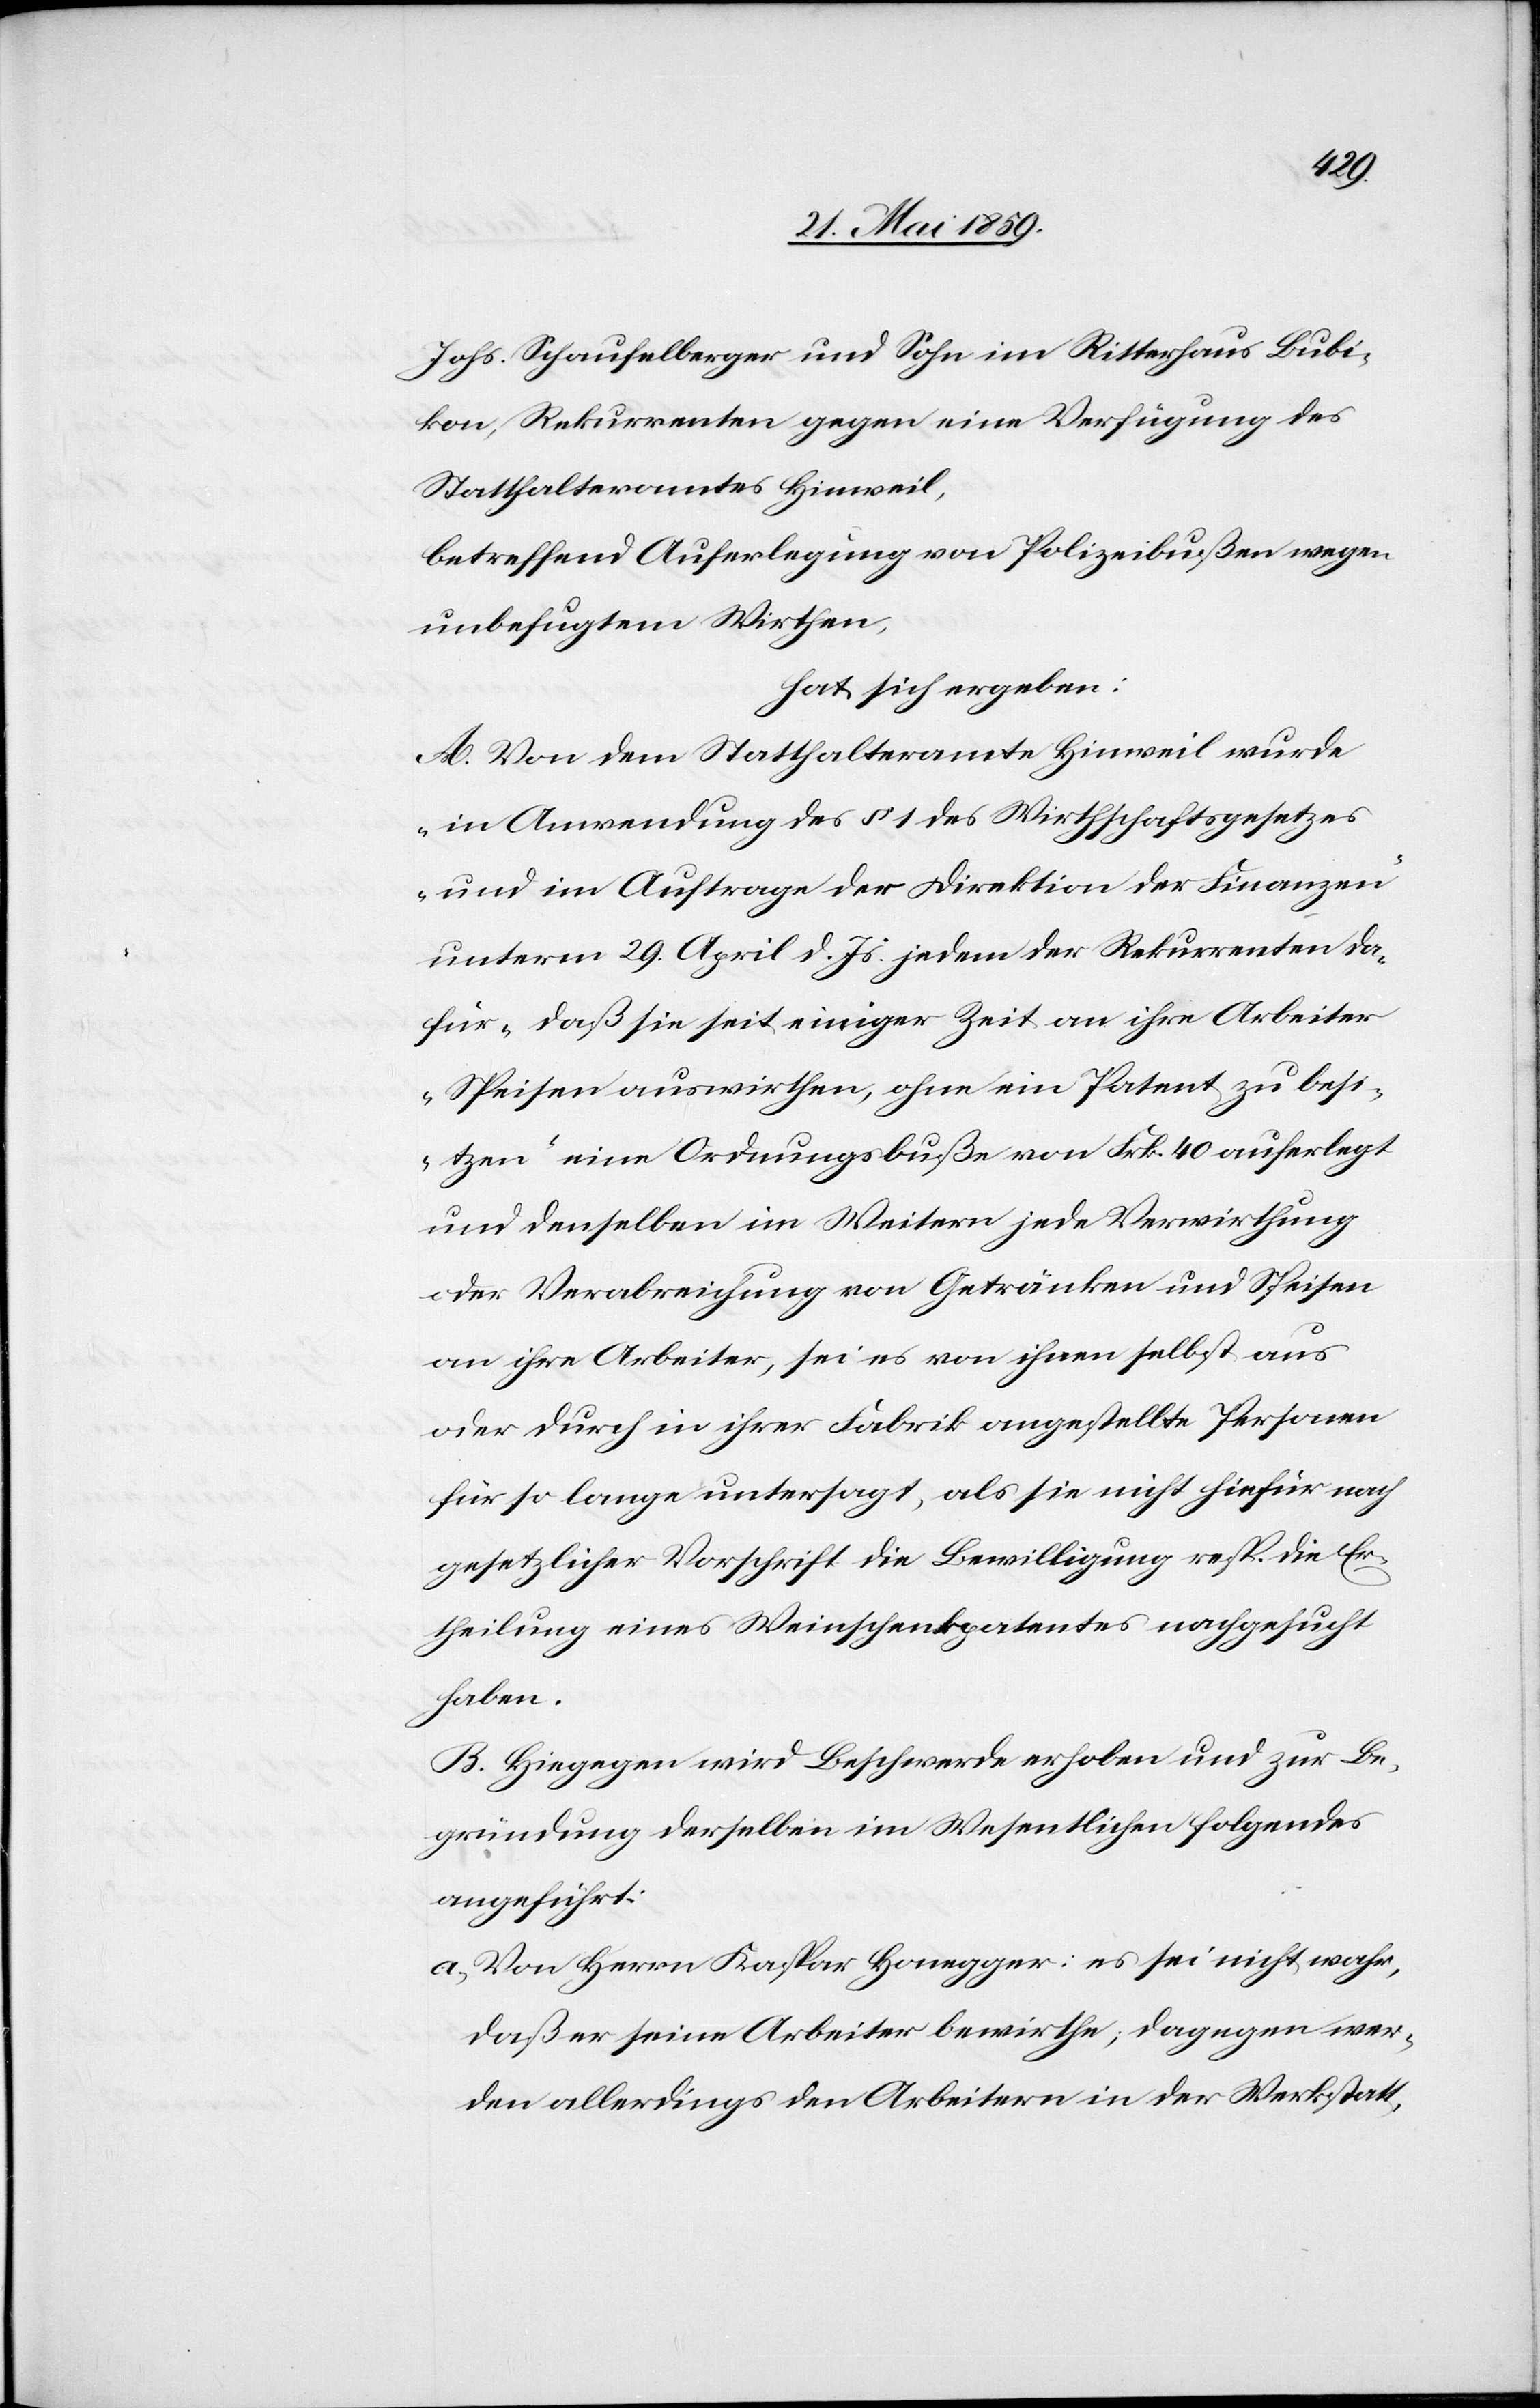
Johs. Schaufelberger und Sohn im Ritterhaus Bubi¬
kon, Rekurrenten gegen eine Verfügung des
Statthalteramtes Hinweil,
betreffend Auferlegung von Polizeibußen wegen
unbefugtem Wirthen,
hat sich ergeben:
A. Von dem Statthalteramte Hinweil wurde
„in Anwendung des § 1 des Wirtschaftsgesetztes
und im Auftrage der Direktion der Finanzen“
unterm 29. April d. Js. jedem der Rekurrenten da¬
für „daß sie seit einiger Zeit an ihre Arbeiter
Speisen auswirthen, ohne ein Patent zu besi¬
tzen“ eine Ordnungsbuße von Frk. 40 auferlegt
und denselben im Weitern jede Verwirthung
oder Verabreichung von Getränken und Speisen
an ihre Arbeiter sei es von ihnen selbst aus
oder durch in ihrer Fabrik angestellte Personen
für so lange untersagt, als sie nicht hiefür nach
gesetzlicher Vorschrift die Bewilligung resp. die Er¬
theilung eines Weinschankpatentes nachgesucht
haben.
B. Hingegen wird Beschwerde erhoben und zur Be¬
gründung derselben im Wesentlichen folgendes
angeführt:
a) Von Herrn Kaspar Honegger: es sei nicht wahr,
daß er seine Arbeiter bewirthe, dagegen wer¬
den allerdings den Arbeitern in der Werkstatt